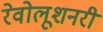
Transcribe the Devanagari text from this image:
रेवोलूशनरी